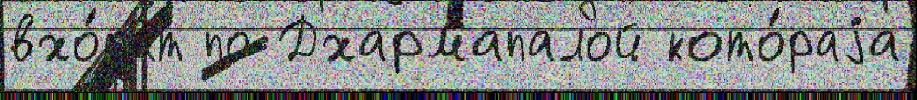
вхо́д'ят по Дхармапалой кото́раjа